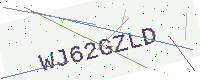
Text: WJ62GZLD